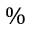
\%